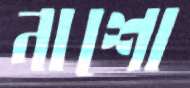
নাশো